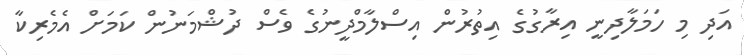
އަދި މި ހަމަލާދިނީ އިރާގުގެ އިތުރުން އިސްލާމްދީނުގެ ވެސް ދުޝްމަނުން ކަމަށް އެމެރިކާ